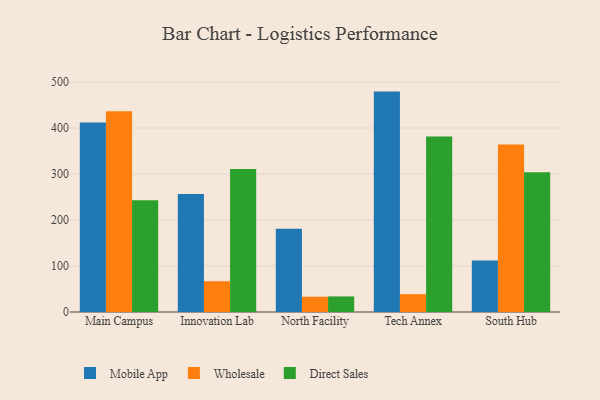
{"axis": {"x": "Campus", "y": "Inventory Turnover"}, "legend": ["Direct Sales", "Mobile App", "Wholesale"], "data": [{"x": "Main Campus", "y": 412.1, "type": "Mobile App"}, {"x": "Main Campus", "y": 436.3, "type": "Wholesale"}, {"x": "Main Campus", "y": 243.0, "type": "Direct Sales"}, {"x": "Innovation Lab", "y": 256.7, "type": "Mobile App"}, {"x": "Innovation Lab", "y": 66.9, "type": "Wholesale"}, {"x": "Innovation Lab", "y": 311.1, "type": "Direct Sales"}, {"x": "North Facility", "y": 180.9, "type": "Mobile App"}, {"x": "North Facility", "y": 33.2, "type": "Wholesale"}, {"x": "North Facility", "y": 33.9, "type": "Direct Sales"}, {"x": "Tech Annex", "y": 479.1, "type": "Mobile App"}, {"x": "Tech Annex", "y": 38.8, "type": "Wholesale"}, {"x": "Tech Annex", "y": 381.5, "type": "Direct Sales"}, {"x": "South Hub", "y": 112.1, "type": "Mobile App"}, {"x": "South Hub", "y": 364.2, "type": "Wholesale"}, {"x": "South Hub", "y": 304.0, "type": "Direct Sales"}]}